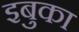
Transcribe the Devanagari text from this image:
इबुका